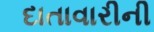
દાતાવારીની